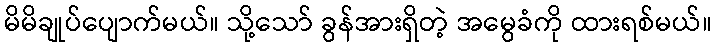
မိမိချုပ်ပျောက်မယ်။ သို့သော် ခွန်အားရှိတဲ့ အမွေခံကို ထားရစ်မယ်။